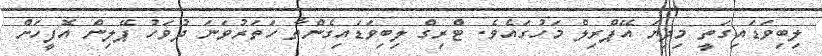
ލިބިވަޑައިގަތީ މިދިޔަ އޭޕްރިލް މަހުގައެވެ. ޓްރިގް ލިބިވަޑައިގެންތާ ހަތަރުވަނަ ދުވަހު ޕޭލިން އޮފީހަށް